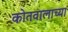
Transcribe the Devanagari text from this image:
कोतवालाच्या